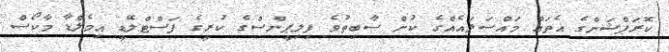
ކޮރަޕްޝަންގެ އެތައް މައްސަލައެއްގެ ކުށް ސާބިތުވެ ފިލިޕީންސްގެ ކުރީގެ ފަސްޓްލޭޑީ އިމެލްޑާ މާކޯސް